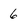
Character: 6